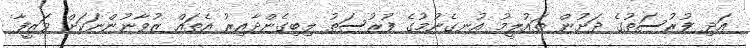
އަދި ފުރުސަތުގެ ދަށުން ތައުލީމު އުނގެނުމުގެ ފުރުސަތު ލިބިގެންދާއިރު އެތައް ޒުވާނުންނަކަށް ވަޒީފާ